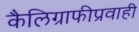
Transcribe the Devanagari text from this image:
कैलिग्राफीप्रवाही